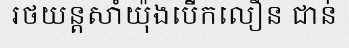
រថយន្តសាំយ៉ុងបើកលឿន ជាន់